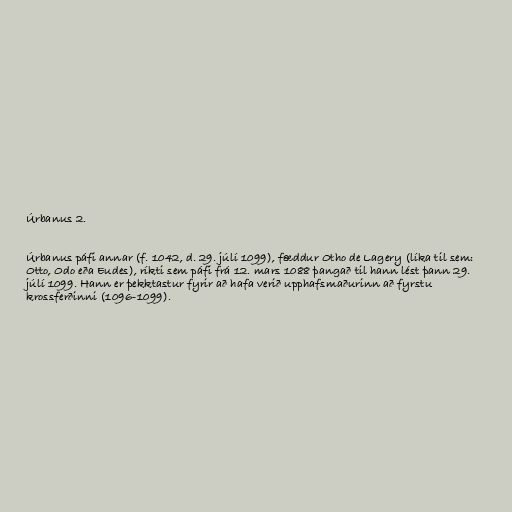
Úrbanus 2.

Úrbanus páfi annar (f. 1042, d. 29. júlí 1099), fæddur Otho de Lagery (líka til sem:
Otto, Odo eða Eudes), ríkti sem páfi frá 12. mars 1088 þangað til hann lést þann 29.
júlí 1099. Hann er þekktastur fyrir að hafa verið upphafsmaðurinn að fyrstu
krossferðinni (1096-1099).